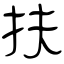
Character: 扶